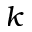
k